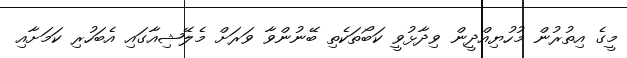
މީގެ އިތުރުން މުހުޔިއްދީން ވިދާޅުވީ ކަބޯތަކެތި ބޭނުންވާ ވަރަށް މެލޭޝިއާގައި އެބަހުރި ކަމަށާއި